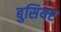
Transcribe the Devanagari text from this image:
बुसियर